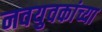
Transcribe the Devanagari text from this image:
नवयुवकांच्या